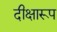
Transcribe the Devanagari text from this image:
दीक्षारूप